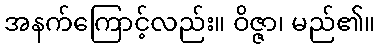
အနက်ကြောင့်လည်း။ ဝိဇ္ဇာ၊ မည်၏။